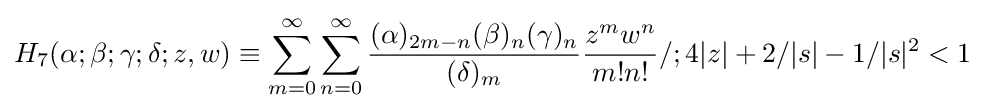
H_{7}(\alpha ;\beta ;\gamma ;\delta ;z,w)\equiv \sum _{m=0}^{\infty }\sum _{n=0}^{\infty }{\frac {(\alpha )_{2m-n}(\beta )_{n}(\gamma )_{n}}{(\delta )_{m}}}{\frac {z^{m}w^{n}}{m!n!}}/;4|z|+2/|s|-1/|s|^{2}<1